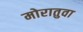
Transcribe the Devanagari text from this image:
मोरातुवा